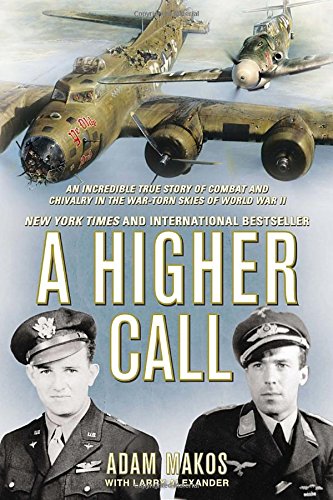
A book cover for A Higher Call: An Incredible True Story of Combat and Chivalry in the War-Torn Skies of World W ar II; Adam Makos; History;